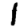
Digit: 1